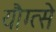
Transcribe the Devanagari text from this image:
यौग्त्से